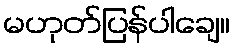
မဟုတ်ပြန်ပါချေ။